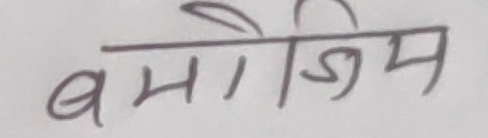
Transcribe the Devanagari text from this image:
बमोजिम